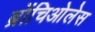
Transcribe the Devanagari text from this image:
ब्रोंचिओलेस